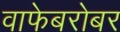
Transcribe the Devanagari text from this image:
वाफेबरोबर